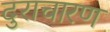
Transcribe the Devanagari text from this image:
दुराचारण